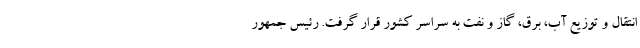
انتقال و توزیع آب، برق، گاز و نفت به سراسر کشور قرار گرفت. رئیس جمهور